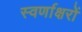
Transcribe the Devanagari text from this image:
स्‍वर्णाक्षरों